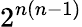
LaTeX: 2^{n(n-1)}